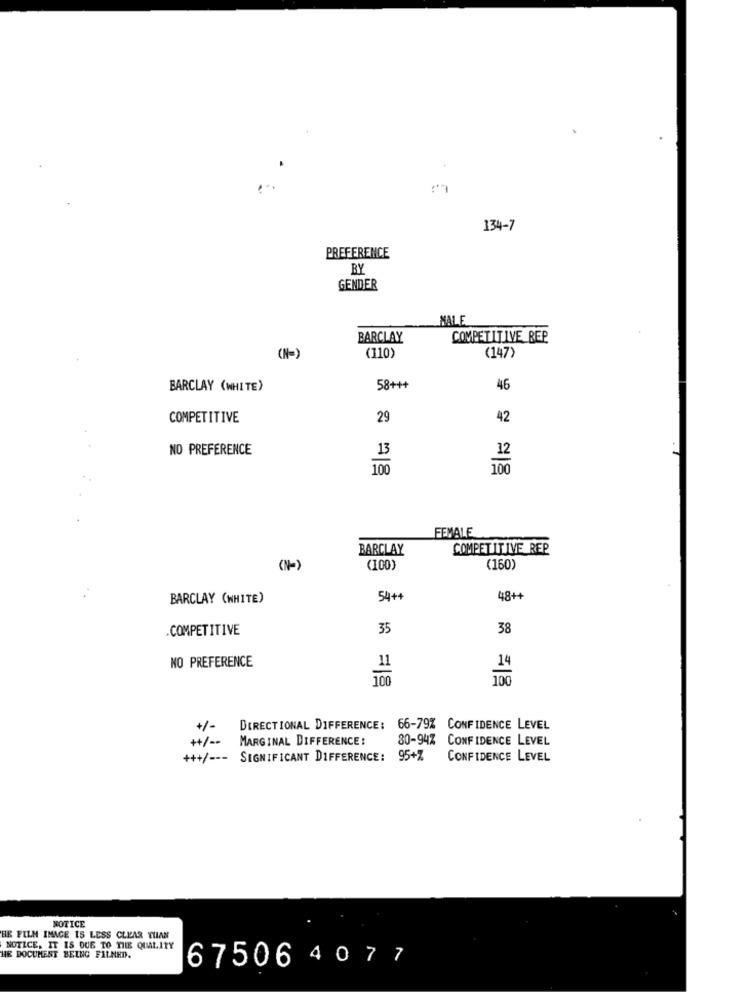
134-7
PREFERENCE
BY
GENDER
NALE
BARCLAY
COMPETITIVE REP
(N-)
(110)
(147)
BARCLAY (WHITE)
58+++
46
COMPETITIVE
29
42
NO PREFERENCE
100
FEMALE
BARCLAY
COMPETITIVE REP
(N-)
(100)
(160)
BARCLAY (WHITE)
54++
48++
COMPETITIVE
35
38
NO PREFERENCE
11
100
+/-
DIRECTIONAL DIFFERENCE:
66-79% CONFIDENCE LEVEL
++/ --
MARGINAL DIFFERENCE:
80-94% CONFIDENCE LEVEL
+++/ --- SIGNIFICANT DIFFERENCE:
95+7
CONFIDENCE LEVEL
NOTICE
ER FILM IMAGE IS LESS CLEAR THAN
NOTICE. IT IS DUE TO THE QUALITY
HE DOCUMENT BEING FILMED.
67506 4 077